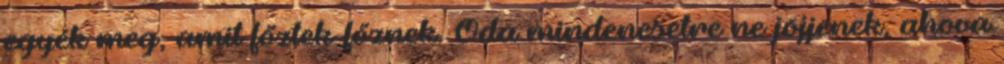
egyék meg, amit főztek-főznek. Oda mindenesetre ne jöjjenek, ahova